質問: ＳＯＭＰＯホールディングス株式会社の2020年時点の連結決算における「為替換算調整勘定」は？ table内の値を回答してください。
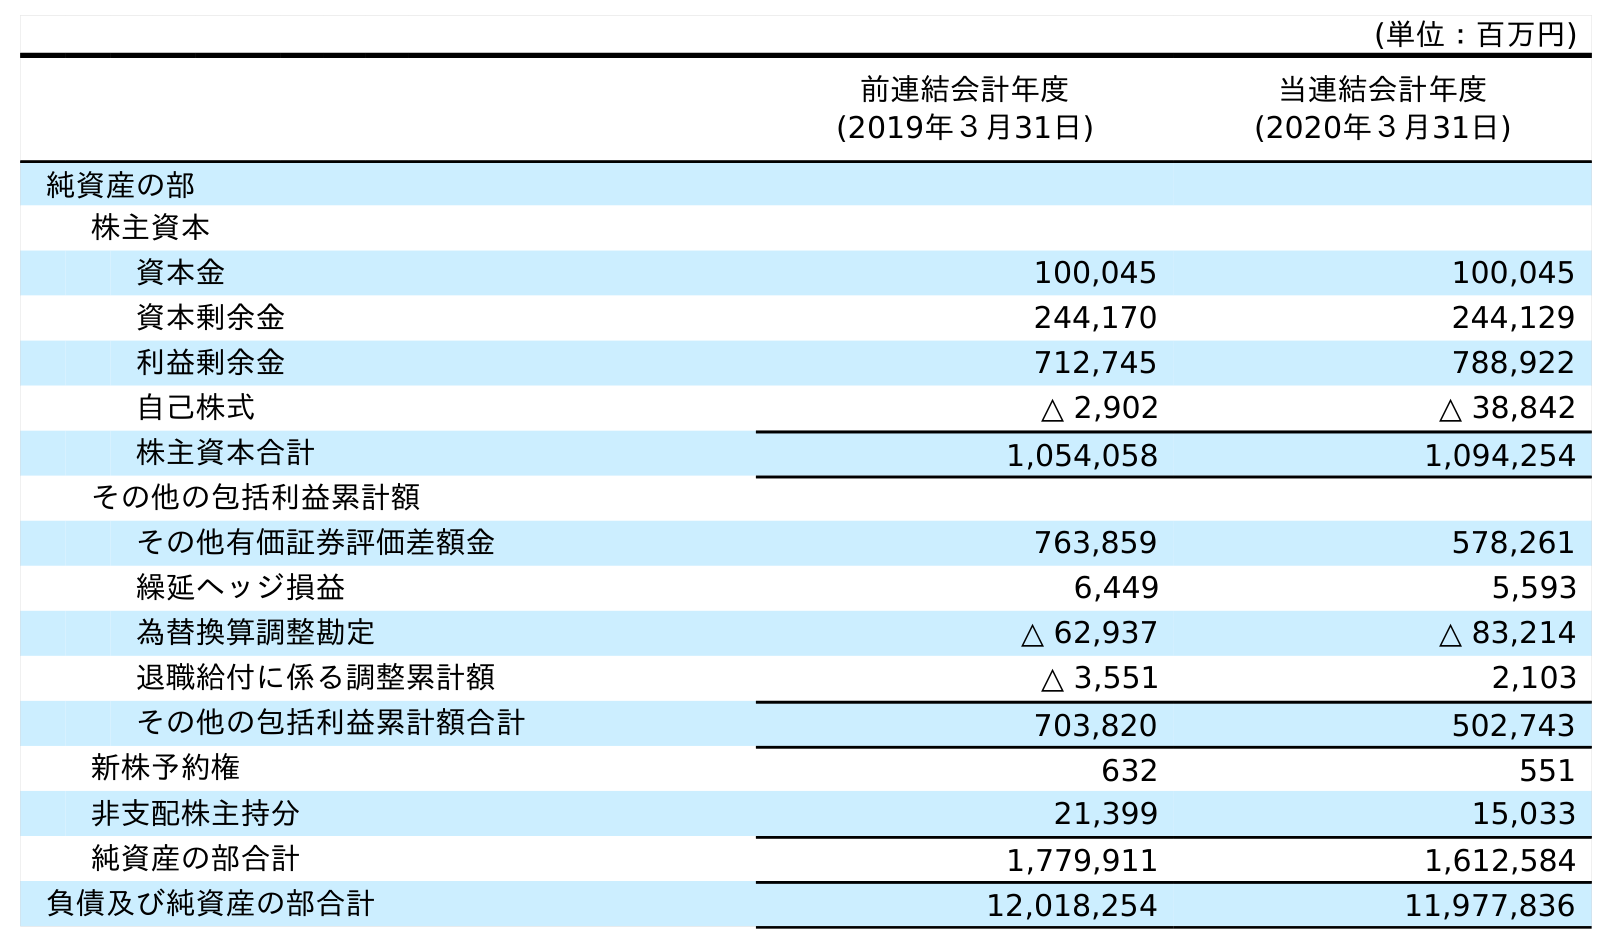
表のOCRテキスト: (単位：百万円) 前連結会計年度 (2019年３月31日) 当連結会計年度 (2020年３月31日) 純資産の部 株主資本 資本金 100,045 100,045 資本剰余金 244,170 244,129 利益剰余金 712,745 788,922 自己株式 △ 2,902 △ 38,842 株主資本合計 1,054,058 1,094,254 その他の包括利益累計額 その他有価証券評価差額金 763,859 578,261 繰延ヘッジ損益 6,449 5,593 為替換算調整勘定 △ 62,937 △ 83,214 退職給付に係る調整累計額 △ 3,551 2,103 その他の包括利益累計額合計 703,820 502,743 新株予約権 632 551 非支配株主持分 21,399 15,033 純資産の部合計 1,779,911 1,612,584 負債及び純資産の部合計 12,018,254 11,977,836
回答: △83,214